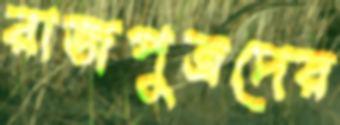
রাজপুত্রদের